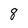
Character: 8